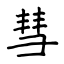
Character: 彗